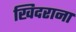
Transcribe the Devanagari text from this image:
खिदराना